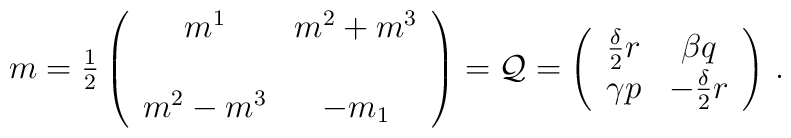
m={\textstyle\frac{1}{2}} \left(\begin{array}{cc}m^{1}       & m^{2}+m^{3} \\& \\m^{2}-m^{3} &  -m_{1}     \\\end{array}\right)={\cal Q}= \left(\begin{array}{cc}\frac{\delta}{2}r & \beta q             \\\gamma p          & -\frac{\delta}{2} r \\\end{array}\right)\, .